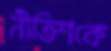
নীতিশকে